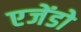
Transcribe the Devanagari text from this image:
एजेंडो